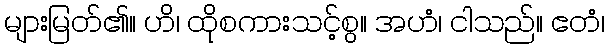
များမြတ်၏။ ဟိ၊ ထိုစကားသင့်စွ။ အဟံ၊ ငါသည်။ ဧတံ၊